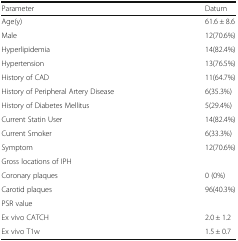
<table><thead><tr><td><b>Parameter</b></td><td><b>Datum</b></td></tr></thead><tbody><tr><td>Age(y)</td><td>61.6 ± 8.6</td></tr><tr><td>Male</td><td>12(70.6%)</td></tr><tr><td>Hyperlipidemia</td><td>14(82.4%)</td></tr><tr><td>Hypertension</td><td>13(76.5%)</td></tr><tr><td>History of CAD</td><td>11(64.7%)</td></tr><tr><td>History of Peripheral Artery Disease</td><td>6(35.3%)</td></tr><tr><td>History of Diabetes Mellitus</td><td>5(29.4%)</td></tr><tr><td>Current Statin User</td><td>14(82.4%)</td></tr><tr><td>Current Smoker</td><td>6(33.3%)</td></tr><tr><td>Symptom</td><td>12(70.6%)</td></tr><tr><td colspan="2">Gross locations of IPH</td></tr><tr><td>Coronary plaques</td><td>0 (0%)</td></tr><tr><td>Carotid plaques</td><td>96(40.3%)</td></tr><tr><td colspan="2">PSR value</td></tr><tr><td>Ex vivo CATCH</td><td>2.0 ± 1.2</td></tr><tr><td>Ex vivo T1w</td><td>1.5 ± 0.7</td></tr></tbody></table>